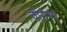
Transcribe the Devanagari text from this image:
वीमैन्स